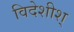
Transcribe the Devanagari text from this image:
विदेशीश्